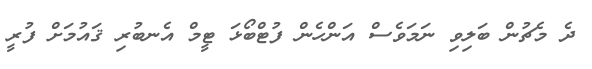
ދެ މެޗުން ބަލިވި ނަމަވެސް އަންހެން ފުޓްބޯޅަ ޓީމް އެނބުރި ޤައުމަށް ފުރީ